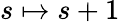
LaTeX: s\mapsto s+1